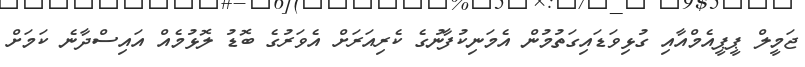
ޖަމީލް ޕީޕީއެމްއާއި ގުޅިވަޑައިގަތުމުން އެމަނިކުފާނުގެ ކެރިއަރަށް އެވަރުގެ ބޮޑު ލޮޅުމެއް އައިސްދާނެ ކަމަށް